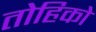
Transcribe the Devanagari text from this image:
तोहिको